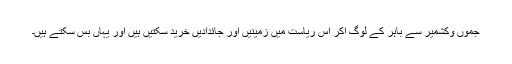
جموں وکشمیر سے باہر کے لوگ آکر اس ریاست میں زمینیں اور جائدادیں خرید سکتیں ہیں اور یہاں بس سکتے ہیں۔